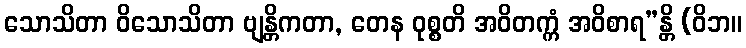
သောသိတာ ဝိသောသိတာ ဗျန္တိကတာ, တေန ဝုစ္စတိ အဝိတက္ကံ အဝိစာရ”န္တိ (ဝိဘ။